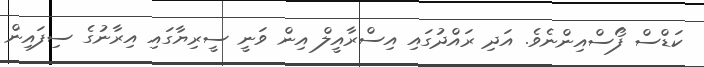
ކަޑްސް ފޯސްއިންނެވެ. އަދި ރައްދުގައި އިސްރާއީލް އިން ވަނީ ސީރިޔާގައި އިރާނުގެ ސިފައިން